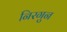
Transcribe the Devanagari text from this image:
निरगुन